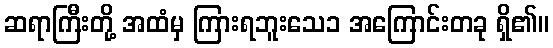
ဆရာကြီးတို့ အထံမှ ကြားရဘူးသေ၁ အကြောင်းတခု ရှိ၏။